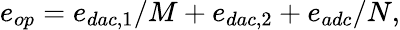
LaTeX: e_{op}=e_{dac,1}/M+e_{dac,2}+e_{adc}/N,